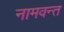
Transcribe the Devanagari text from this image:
नामवन्त